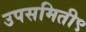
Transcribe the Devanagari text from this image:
उपसमिती९